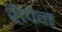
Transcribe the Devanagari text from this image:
शैपेन